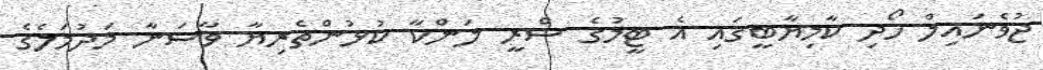
ޖުވެނައިލް ހޯދި ކާމިޔާބީގައި އެ ޓީމުގެ ސްރީ ލަންކާ ކުޅުންތެރިޔާ ވާސަނާ މަދުމަލެގެ